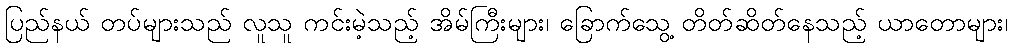
ပြည်နယ် တပ်များသည် လူသူ ကင်းမဲ့သည့် အိမ်ကြီးများ၊ ခြောက်သွေ့ တိတ်ဆိတ်နေသည့် ယာတောများ၊